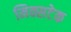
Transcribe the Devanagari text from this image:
मिक्सटेक